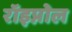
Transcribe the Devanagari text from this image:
रॉइप्नोल